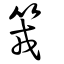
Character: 𥬪